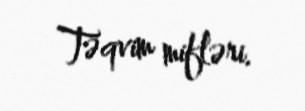
Təqvim mifləri.